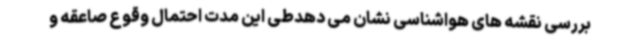
بررسی نقشه های هواشناسی نشان می دهدطی این مدت احتمال وقوع صاعقه و